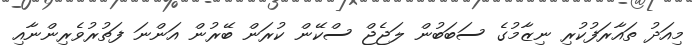
މިއަދު ތައާރަފުކުރި ނިޒާމުގެ ސަބަބުން ލަޖެޖް ސްކޭން ކުރަން ބޭރުން އަންނަ ފަތުރުވެރިންނާއި